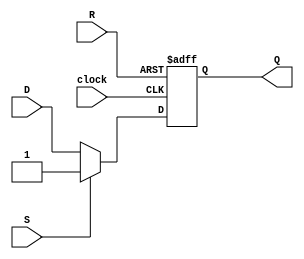
module d_flipflop(
    input D,
    input S,
    input R,
    input clock,
    output reg Q
);

always @(posedge clock or posedge R)
begin
    if (R)
        Q <= 1'b0;
    else if (S)
        Q <= 1'b1;
    else
        Q <= D;
end

endmodule